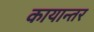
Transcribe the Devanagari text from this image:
कायान्तर